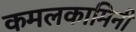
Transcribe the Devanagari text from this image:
कमलकामिनी